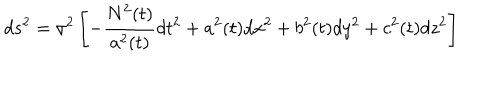
LaTeX: d s ^ { 2 } = \sigma ^ { 2 } \left[ - \frac { N ^ { 2 } ( t ) } { a ^ { 2 } ( t ) } d t ^ { 2 } + a ^ { 2 } ( t ) d x ^ { 2 } + b ^ { 2 } ( t ) d y ^ { 2 } + c ^ { 2 } ( t ) d z ^ { 2 } \right]